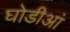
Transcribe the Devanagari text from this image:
घोडीआं